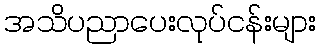
အသိပညာပေးလုပ်ငန်းများ